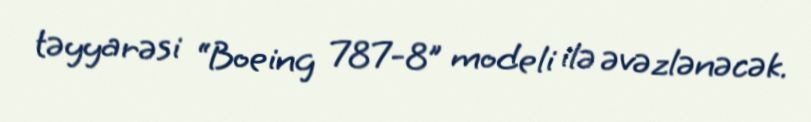
təyyarəsi “Boeing 787-8” modeli ilə əvəzlənəcək.